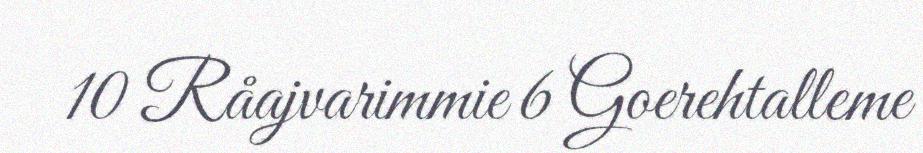
10 Råajvarimmie 6 Goerehtalleme